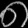
Digit: ၈